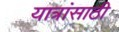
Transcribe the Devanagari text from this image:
यात्रांसाठी